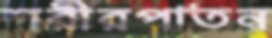
শরীরপাতন